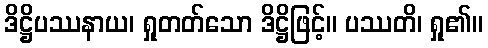
ဒိဋ္ဌိပဿနာယ၊ ရှုတတ်သော ဒိဋ္ဌိဖြင့်။ ပဿတိ၊ ရှု၏။